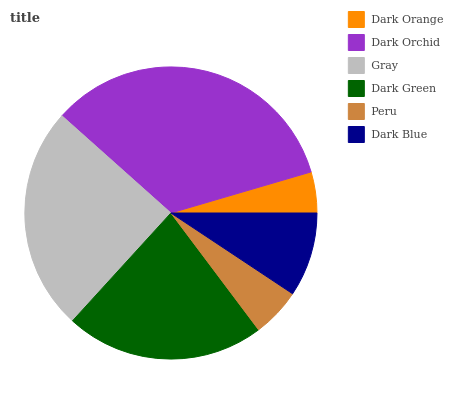
| Dark Orange | Dark Orchid | Gray | Dark Green | Peru | Dark Blue |
 | --- | --- | --- | --- | --- | --- |
 | 4.54% | 33.9% | 24.8% | 22% | 5.43% | 9.33% |